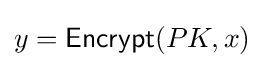
y={\mathsf {Encrypt}}(PK,x)